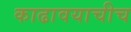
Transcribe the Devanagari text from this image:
काढावयाचीच